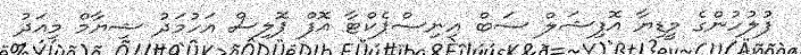
ފުލުހުންގެ މީޑިޔާ އޮފިޝަލް ސަބް އިނިސްޕެކްޓާ އޮފް ޕޮލިސް އަހުމަދު ޝިޔާމް މިއަދު